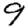
Digit: 9